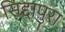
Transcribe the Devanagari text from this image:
सिद्दापुरा